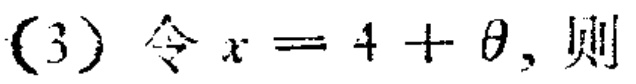
(3) 令 \(x = 4+\theta\)，则